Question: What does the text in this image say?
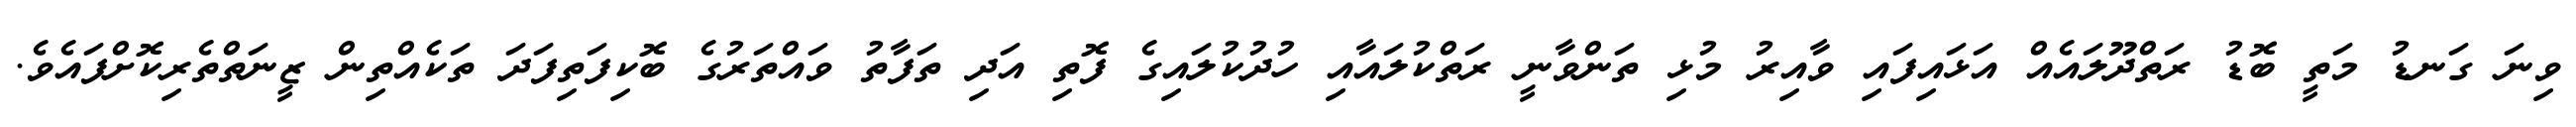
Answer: ވިނަ ގަނޑު މަތީ ބޮޑު ރަތްދޫލައެއް އަޅައިފައި ވާއިރު މުޅި ތަންވާނީ ރަތްކުލައާއި ހުދުކުލައިގެ ފޮތި އަދި ތަފާތު ވައްތަރުގެ ބޮކިފަތިފަދަ ތަކެއްތިން ޒީނަތްތެރިކޮށްފައެވެ.